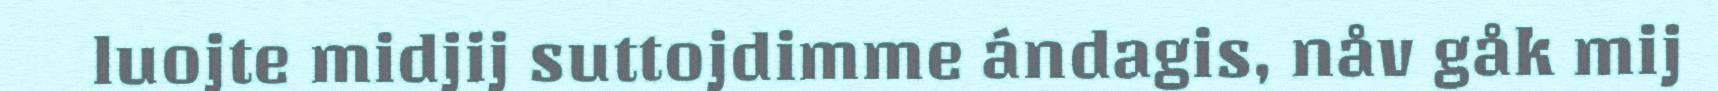
luojte midjij suttojdimme ándagis, nåv gåk mij